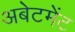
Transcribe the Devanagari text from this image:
अबेटमेंट